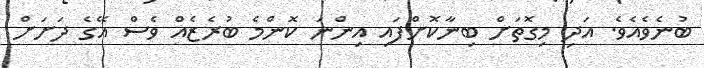
ބުނެވެއެވެ. އަދި މިގޮތަށް ބިނާކޮށްފައި އިންނަ ކޮންމެ ބުރެޒެއް ވެސް އޭގެ ދަށަށް